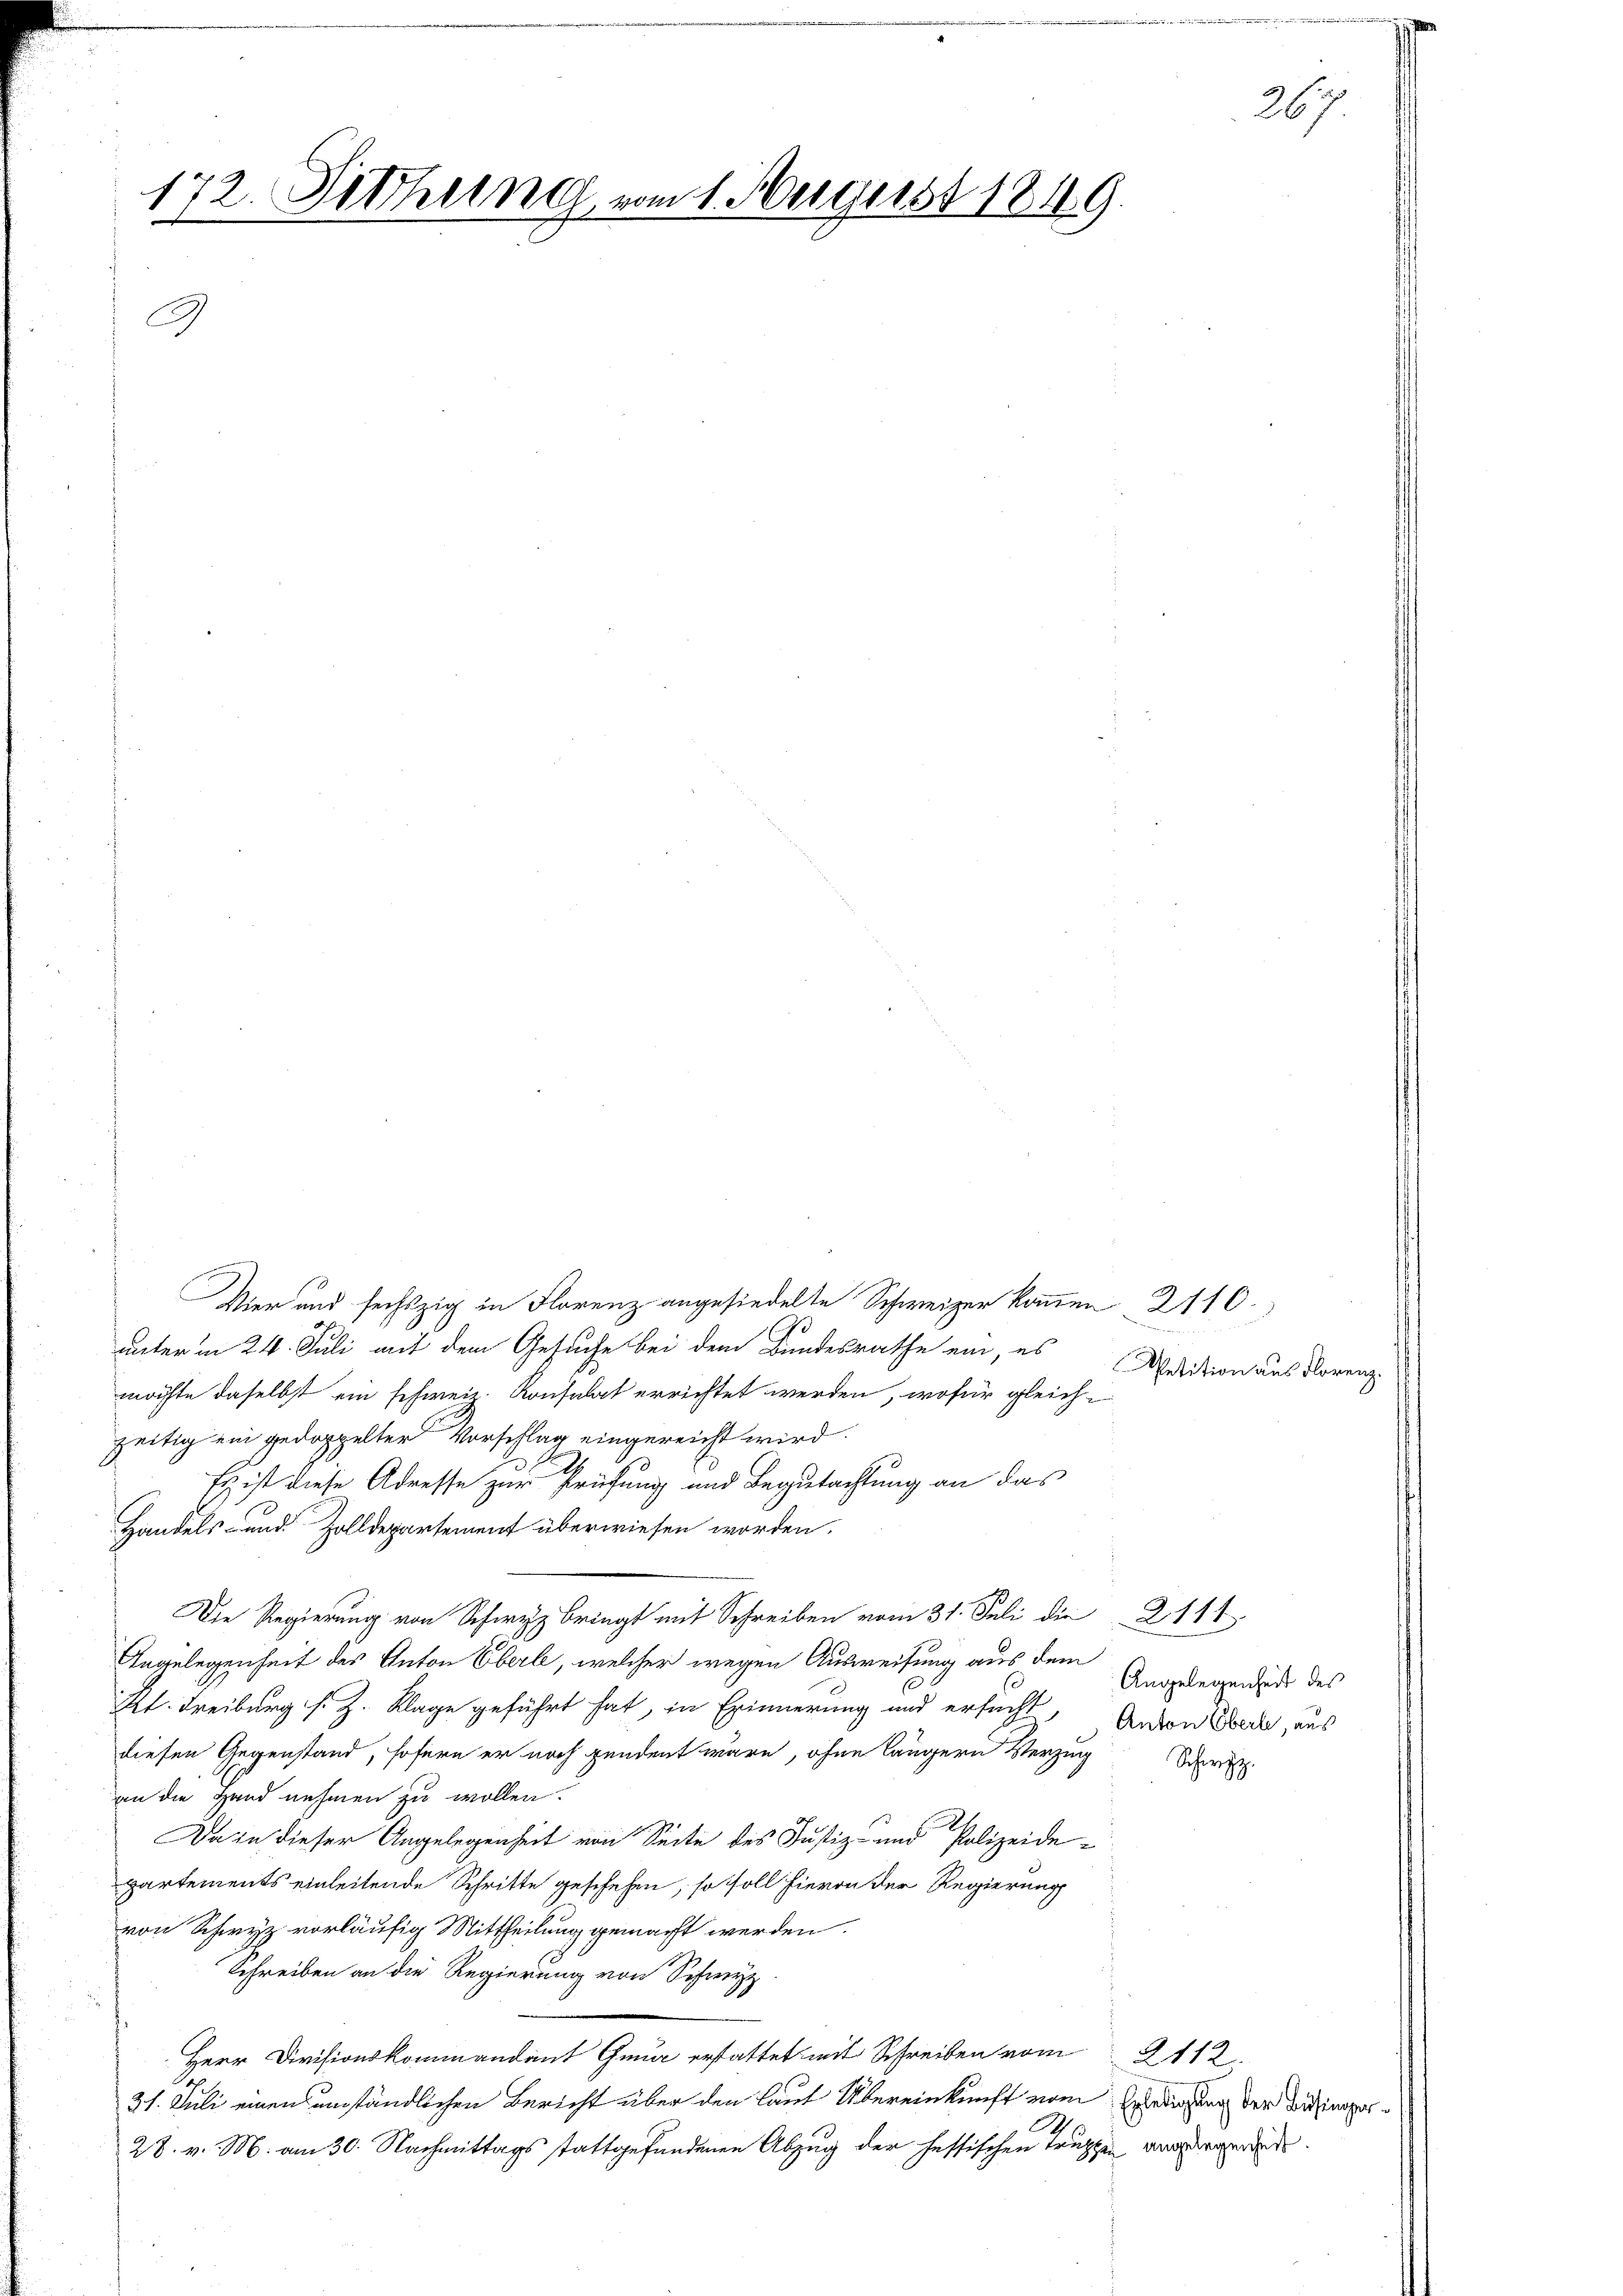
d
172. Siehung vom 1. August 1849.
.

2

Mier und sechzig in Florenz angesiedelte Schweizer kommen 2110.
möchte daselbst ein schweiz. Konsulat errichtet werden, wofür gleichzeitig ein gedoppelter Vorschlag eingereicht wird.
Es ist diese Adresse zur Prüfung und Begutachtung an das
Handels- und Zolldepartement überwiesen worden.
Angelegenheit des Anton Oberle, welcher wegen Ausweisung aus dem
s
K. Freiburg s. Z. Klage geführt hat, in Erinnerung und ersucht, Anton Bere, aus
diesen Gegenstand, sofern er noch pendent wäre, ohne längern Verzugr
an die Hand nehmen zu wollen.
Da in dieser Angelegenheit von Seite des Justiz- und Polizeidepartements einleitende Schritte geschehen, so soll hievon der Regierung
von Schwyz vorläufig Mittheilung gemacht werden.
Schreiben an die Regierung von Schwyz
Herr Divisionskommandant Gmür erstattet mit Schreiben vom 2112.
31. Juli einen umständlichen Bericht über den laut Übereinkunft vom Erledigung der Besinger¬
A
28. v. M. am 30. Nachmittags stattgefundenen Abzug der heftischen Truppen angerger.

unterm 24. Juli mit dem Gesuche bei dem Bundesrathe ein, es

Die Regierung von Schwyz bringt mit Schreiben vom 31. Juli die 2111

Angelegenheit des

267.

Petition aus Florenz